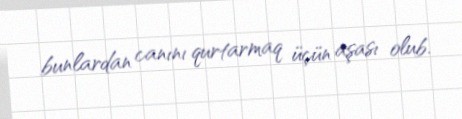
bunlardan canını qurtarmaq üçün aşası olub.